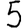
Digit: 5